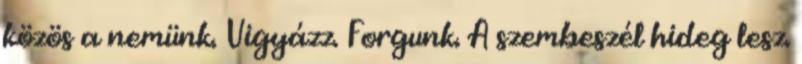
közös a nemünk. Vigyázz. Forgunk. A szembeszél hideg lesz.